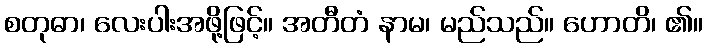
စတုဓာ၊ လေးပါးအဖို့ဖြင့်။ အတီတံ နာမ၊ မည်သည်။ ဟောတိ၊ ၏။